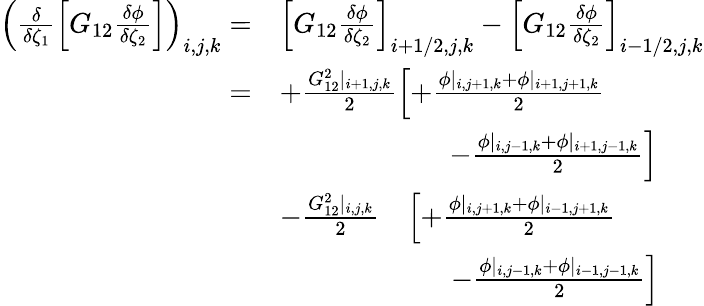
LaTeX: \begin{array}{rl}{\left(\frac{\delta}{\delta\zeta_{1}}\left[G_{12}\frac{\delta\phi}{\delta\zeta_{2}}\right]\right)_{i,j,k}=}&{\left[G_{12}\frac{\delta\phi}{\delta\zeta_{2}}\right]_{i+1/2,j,k}-\left[G_{12}\frac{\delta\phi}{\delta\zeta_{2}}\right]_{i-1/2,j,k}}\\ {=}&{+\frac{G_{12}^{2}|_{i+1,j,k}}{2}\left[+\frac{\phi|_{i,j+1,k}+\phi|_{i+1,j+1,k}}{2}\right.}\\ &{\qquad\qquad\qquad\left.-\frac{\phi|_{i,j-1,k}+\phi|_{i+1,j-1,k}}{2}\right]}\\ &{-\frac{G_{12}^{2}|_{i,j,k}}{2}\quad\left[+\frac{\phi|_{i,j+1,k}+\phi|_{i-1,j+1,k}}{2}\right.}\\ &{\quad\qquad\qquad\: \: \: \: \, \left.-\frac{\phi|_{i,j-1,k}+\phi|_{i-1,j-1,k}}{2}\right]}\end{array}